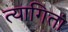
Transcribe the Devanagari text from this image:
त्यागितां